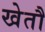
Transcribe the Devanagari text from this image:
खेतौ